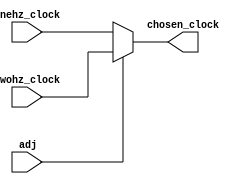
`timescale 1ns / 1ps
//////////////////////////////////////////////////////////////////////////////////
// Company: 
// Engineer: 
// 
// Design Name: 
// Module Name:    sel_adj_button 
// Project Name: 
// Target Devices: 
// Tool versions: 
// Description: 
//
// Dependencies: 
//
// Revision: 
// Revision 0.01 - File Created
// Additional Comments: 
//
//////////////////////////////////////////////////////////////////////////////////
module sel_adj_button(
		input wire adj,
		input wire onehz_clock,
		input wire twohz_clock,
		output wire chosen_clock
	);
	reg chosen_clock_tmp;
	
	always @(*) begin
		if (~adj) begin
			chosen_clock_tmp = onehz_clock;
		end
		else begin
			chosen_clock_tmp = twohz_clock;
		end
	end
	assign chosen_clock = chosen_clock_tmp;
endmodule